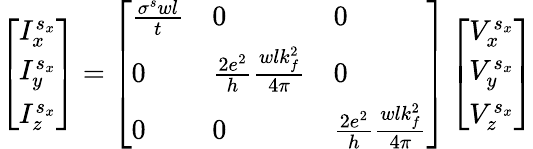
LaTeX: \left[\begin{array}{l}{I_{x}^{s_{x}}}\\ {I_{y}^{s_{x}}}\\ {I_{z}^{s_{x}}}\end{array}\right]=\left[\begin{array}{lll}{\frac{\sigma^{s}wl}{t}}&{0}&{0}\\ {0}&{\frac{2e^{2}}{h}\frac{wlk_{f}^{2}}{4\pi}}&{0}\\ {0}&{0}&{\frac{2e^{2}}{h}\frac{wlk_{f}^{2}}{4\pi}}\end{array}\right]\left[\begin{array}{l}{V_{x}^{s_{x}}}\\ {V_{y}^{s_{x}}}\\ {V_{z}^{s_{x}}}\end{array}\right]